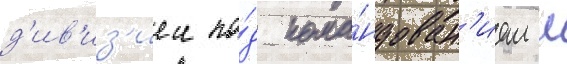
д'ив'из'иеи по́д кома́ндован'ием л